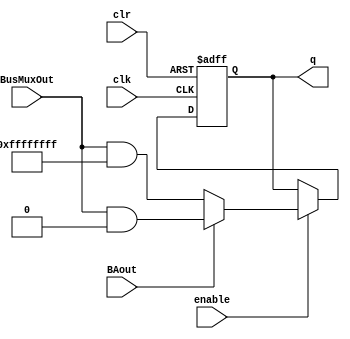
// Revised R0: OBSOLETE, NOT IN USE
module reg0_32_bit #(parameter INIT_VAL = 32'h00000000)(
    output reg [31:0] q,
    input wire [31:0] BusMuxOut,
    input wire clk,
    input wire clr,
    input wire enable,
    input wire BAout
    );


initial 
begin
    q = INIT_VAL;
end

always @(posedge clk or posedge clr)
begin
    
    if (clr == 1)
        q <= 32'h00000000;
    else if (enable == 1)
    begin
        if (BAout == 1)
            q <= BusMuxOut & 32'h00000000;
        else
            q <= BusMuxOut & 32'hFFFFFFFF;
    end
end

assign out = {32{BAout}} & q;

endmodule